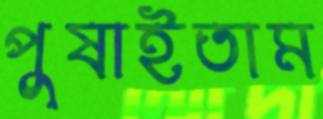
পুষাইতাম